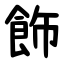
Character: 飾